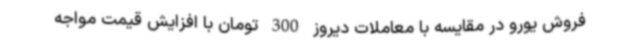
فروش یورو در مقایسه با معاملات دیروز 300 تومان با افزایش قیمت مواجه